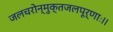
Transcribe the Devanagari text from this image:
जलचरोन्मुक्तजलपूर्णाः।।